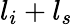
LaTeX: l_{i}+l_{s}